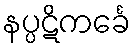
နပ္ပဋိကင်္ခေ